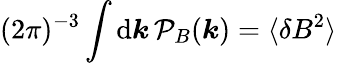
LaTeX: (2\pi)^{-3}\int\mathrm{d}\boldsymbol{k}\, \mathcal P_{B}(\boldsymbol{k})=\langle\delta B^{2}\rangle